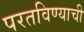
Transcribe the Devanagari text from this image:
परतविण्याची